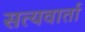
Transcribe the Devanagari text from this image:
सत्यवार्ता